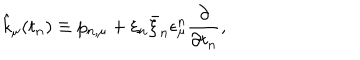
LaTeX: \hat { k } _ { \mu } ( t _ { n } ) \equiv p _ { n , \mu } + \xi _ { n } \bar { \xi } _ { n } \epsilon _ { \mu } ^ { n } \frac { \partial } { \partial t _ { n } } ,